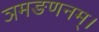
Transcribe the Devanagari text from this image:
ञमङणनम्।